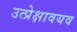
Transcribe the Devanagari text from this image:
उत्प्रेक्षावयव